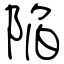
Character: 陥